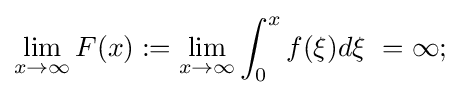
\lim _{x\to \infty }F(x):=\lim _{x\to \infty }\int _{0}^{x}f(\xi )d\xi \ =\infty ;